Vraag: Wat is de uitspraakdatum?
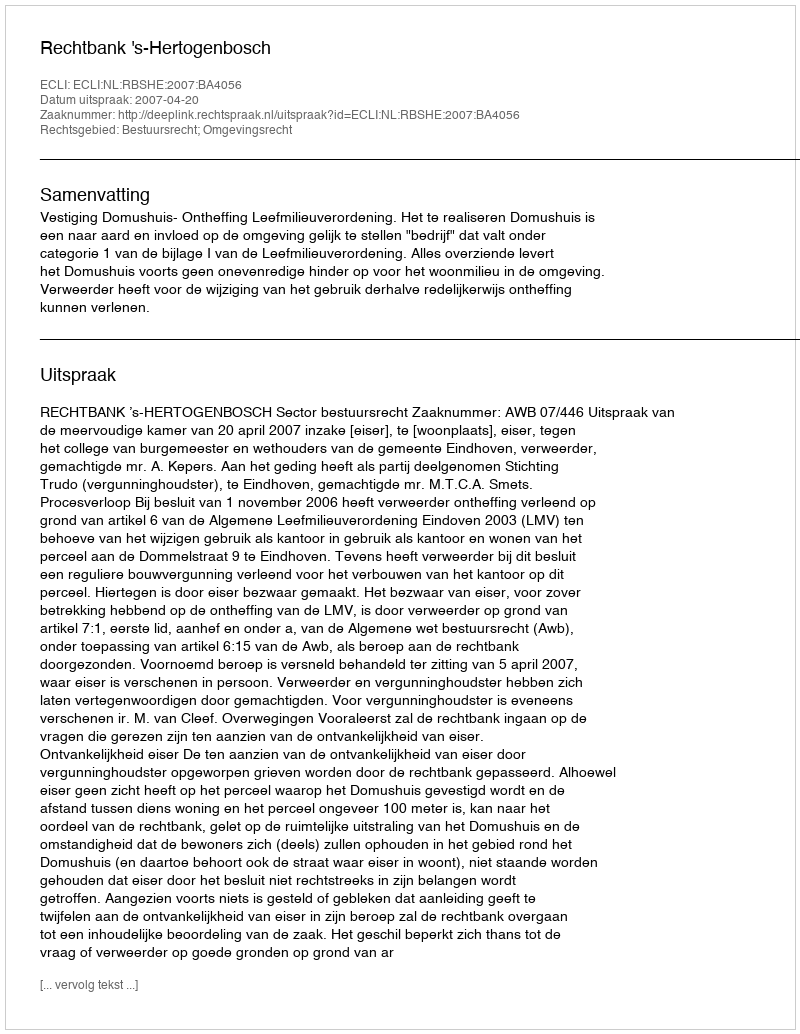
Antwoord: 2007-04-20